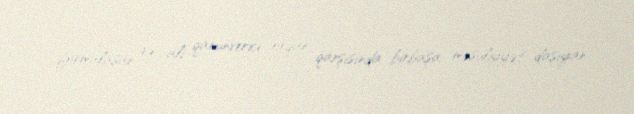
formalaşan və ali qanunverici orqan qarşısında birbaşa məsuliyyət daşıyan